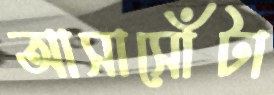
আসাসোঁটা